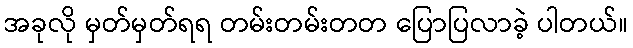
အခုလို မှတ်မှတ်ရရ တမ်းတမ်းတတ ပြောပြလာခဲ့ ပါတယ်။